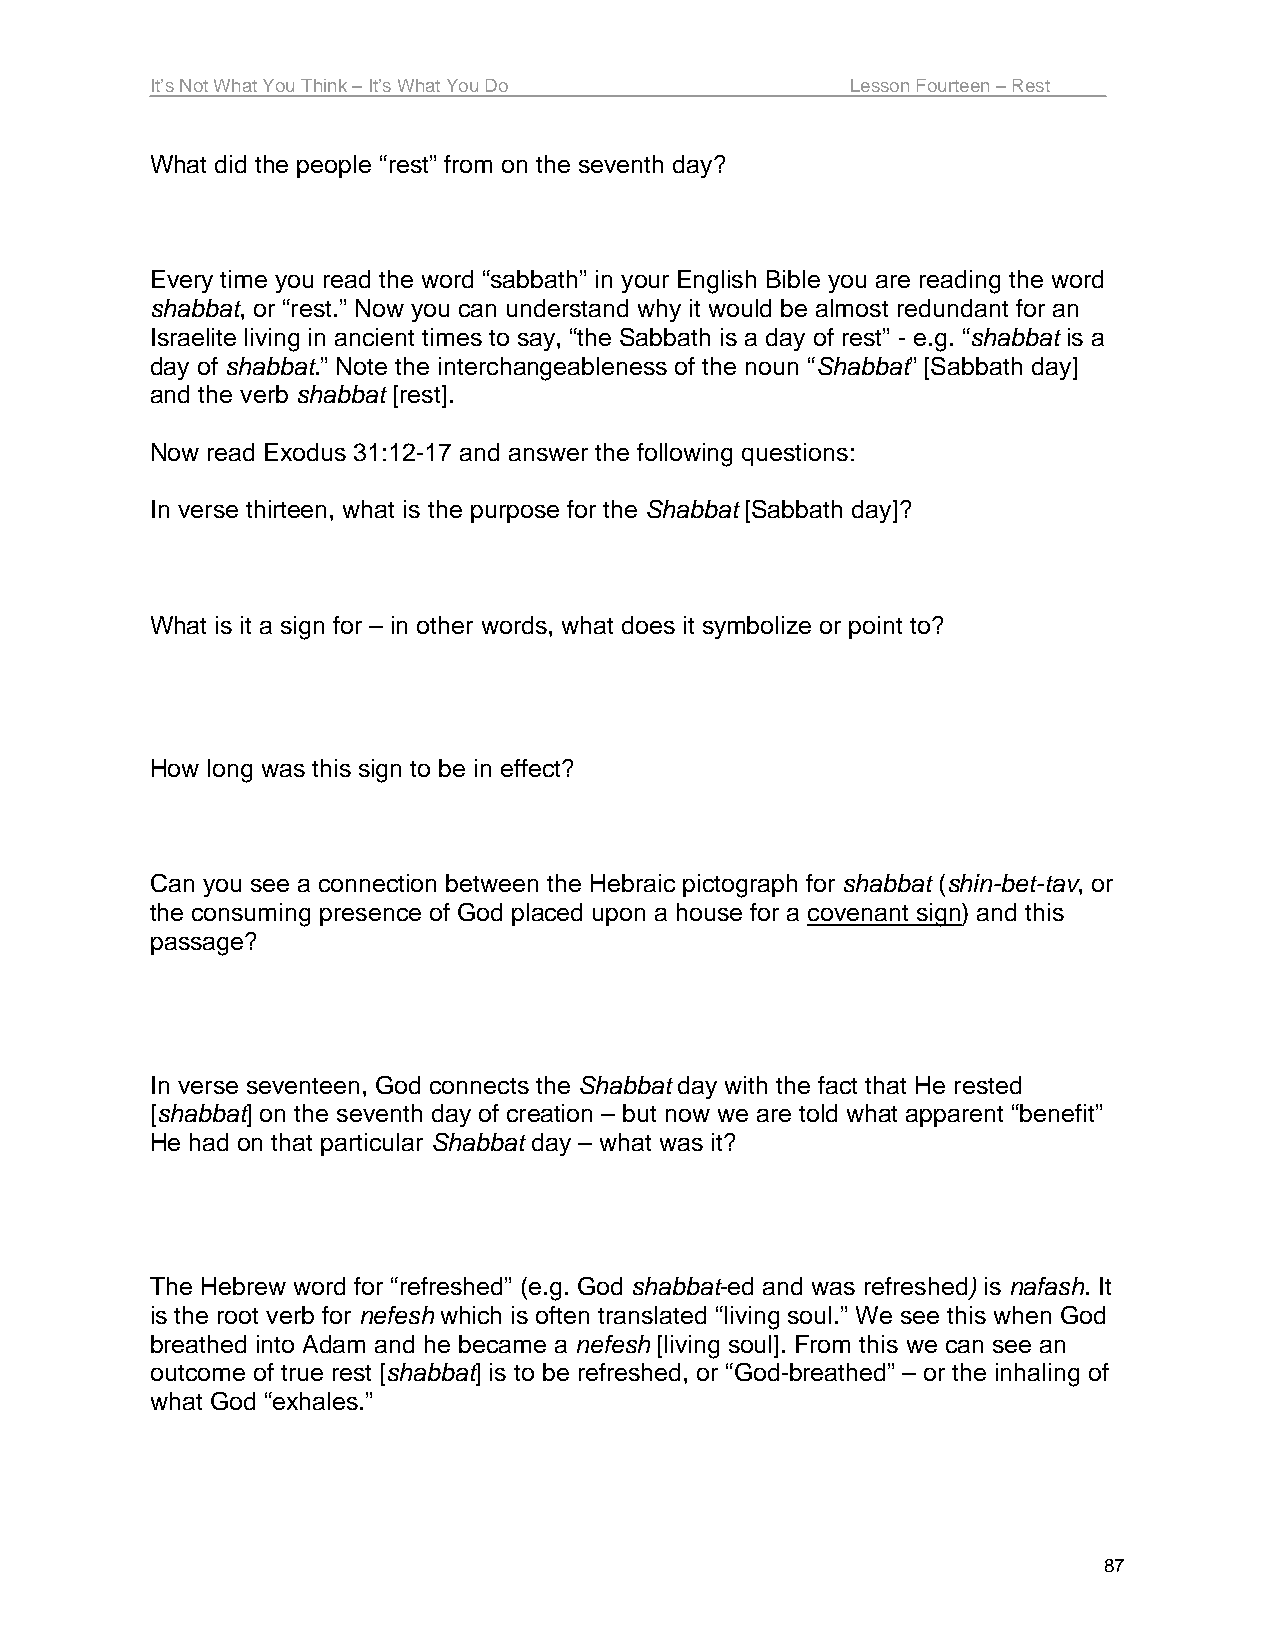
It’s Not What You Think – It’s What You Do    Lesson Fourteen – Rest
 What did the people “rest” from on the seventh day?
 Every time you read the word “sabbath” in your English Bible you are reading the word
 shabbat, or “rest.” Now you can understand why it would be almost redundant for an
 Israelite living in ancient times to say, “the Sabbath is a day of rest” - e.g. “shabbat is a
 day of shabbat.” Note the interchangeableness of the noun “Shabbat” [Sabbath day]
 and the verb shabbat [rest].
 Now read Exodus 31:12-17 and answer the following questions:
 In verse thirteen, what is the purpose for the Shabbat [Sabbath day]?
 What is it a sign for – in other words, what does it symbolize or point to?
 How long was this sign to be in effect?
 Can you see a connection between the Hebraic pictograph for shabbat (shin-bet-tav, or
 the consuming presence of God placed upon a house for a covenant sign) and this
 passage?
 In verse seventeen, God connects the Shabbat day with the fact that He rested
 [shabbat] on the seventh day of creation – but now we are told what apparent “benefit”
 He had on that particular Shabbat day – what was it?
 The Hebrew word for “refreshed” (e.g. God shabbat-ed and was refreshed) is nafash. It
 is the root verb for nefesh which is often translated “living soul.” We see this when God
 breathed into Adam and he became a nefesh [living soul]. From this we can see an
 outcome of true rest [shabbat] is to be refreshed, or “God-breathed” – or the inhaling of
 what God “exhales.”
 87